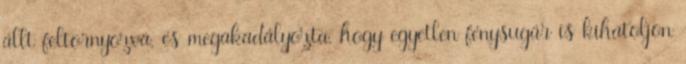
állt feltornyozva, és megakadályozta, hogy egyetlen fénysugár is kihatoljon